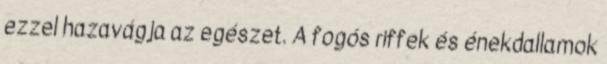
ezzel hazavágja az egészet. A fogós riffek és énekdallamok